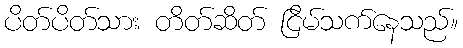
ပိတ်ပိတ်သား တိတ်ဆိတ် ငြိမ်သက်နေသည်။